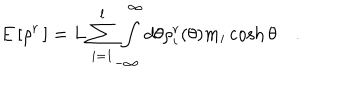
E \left[ \rho ^ { r } \, \right] = L \sum _ { i = 1 } ^ { l } \int _ { - \infty } ^ { \infty } d \theta \rho _ { i } ^ { r } ( \theta ) m _ { i } \cosh \theta \quad .